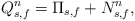
\begin{align*}Q_{s,f}^n = \Pi_{s,f} + N^n_{s,f}, \end{align*}